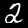
Label: 2